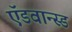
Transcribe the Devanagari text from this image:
ऍडवान्स्ड